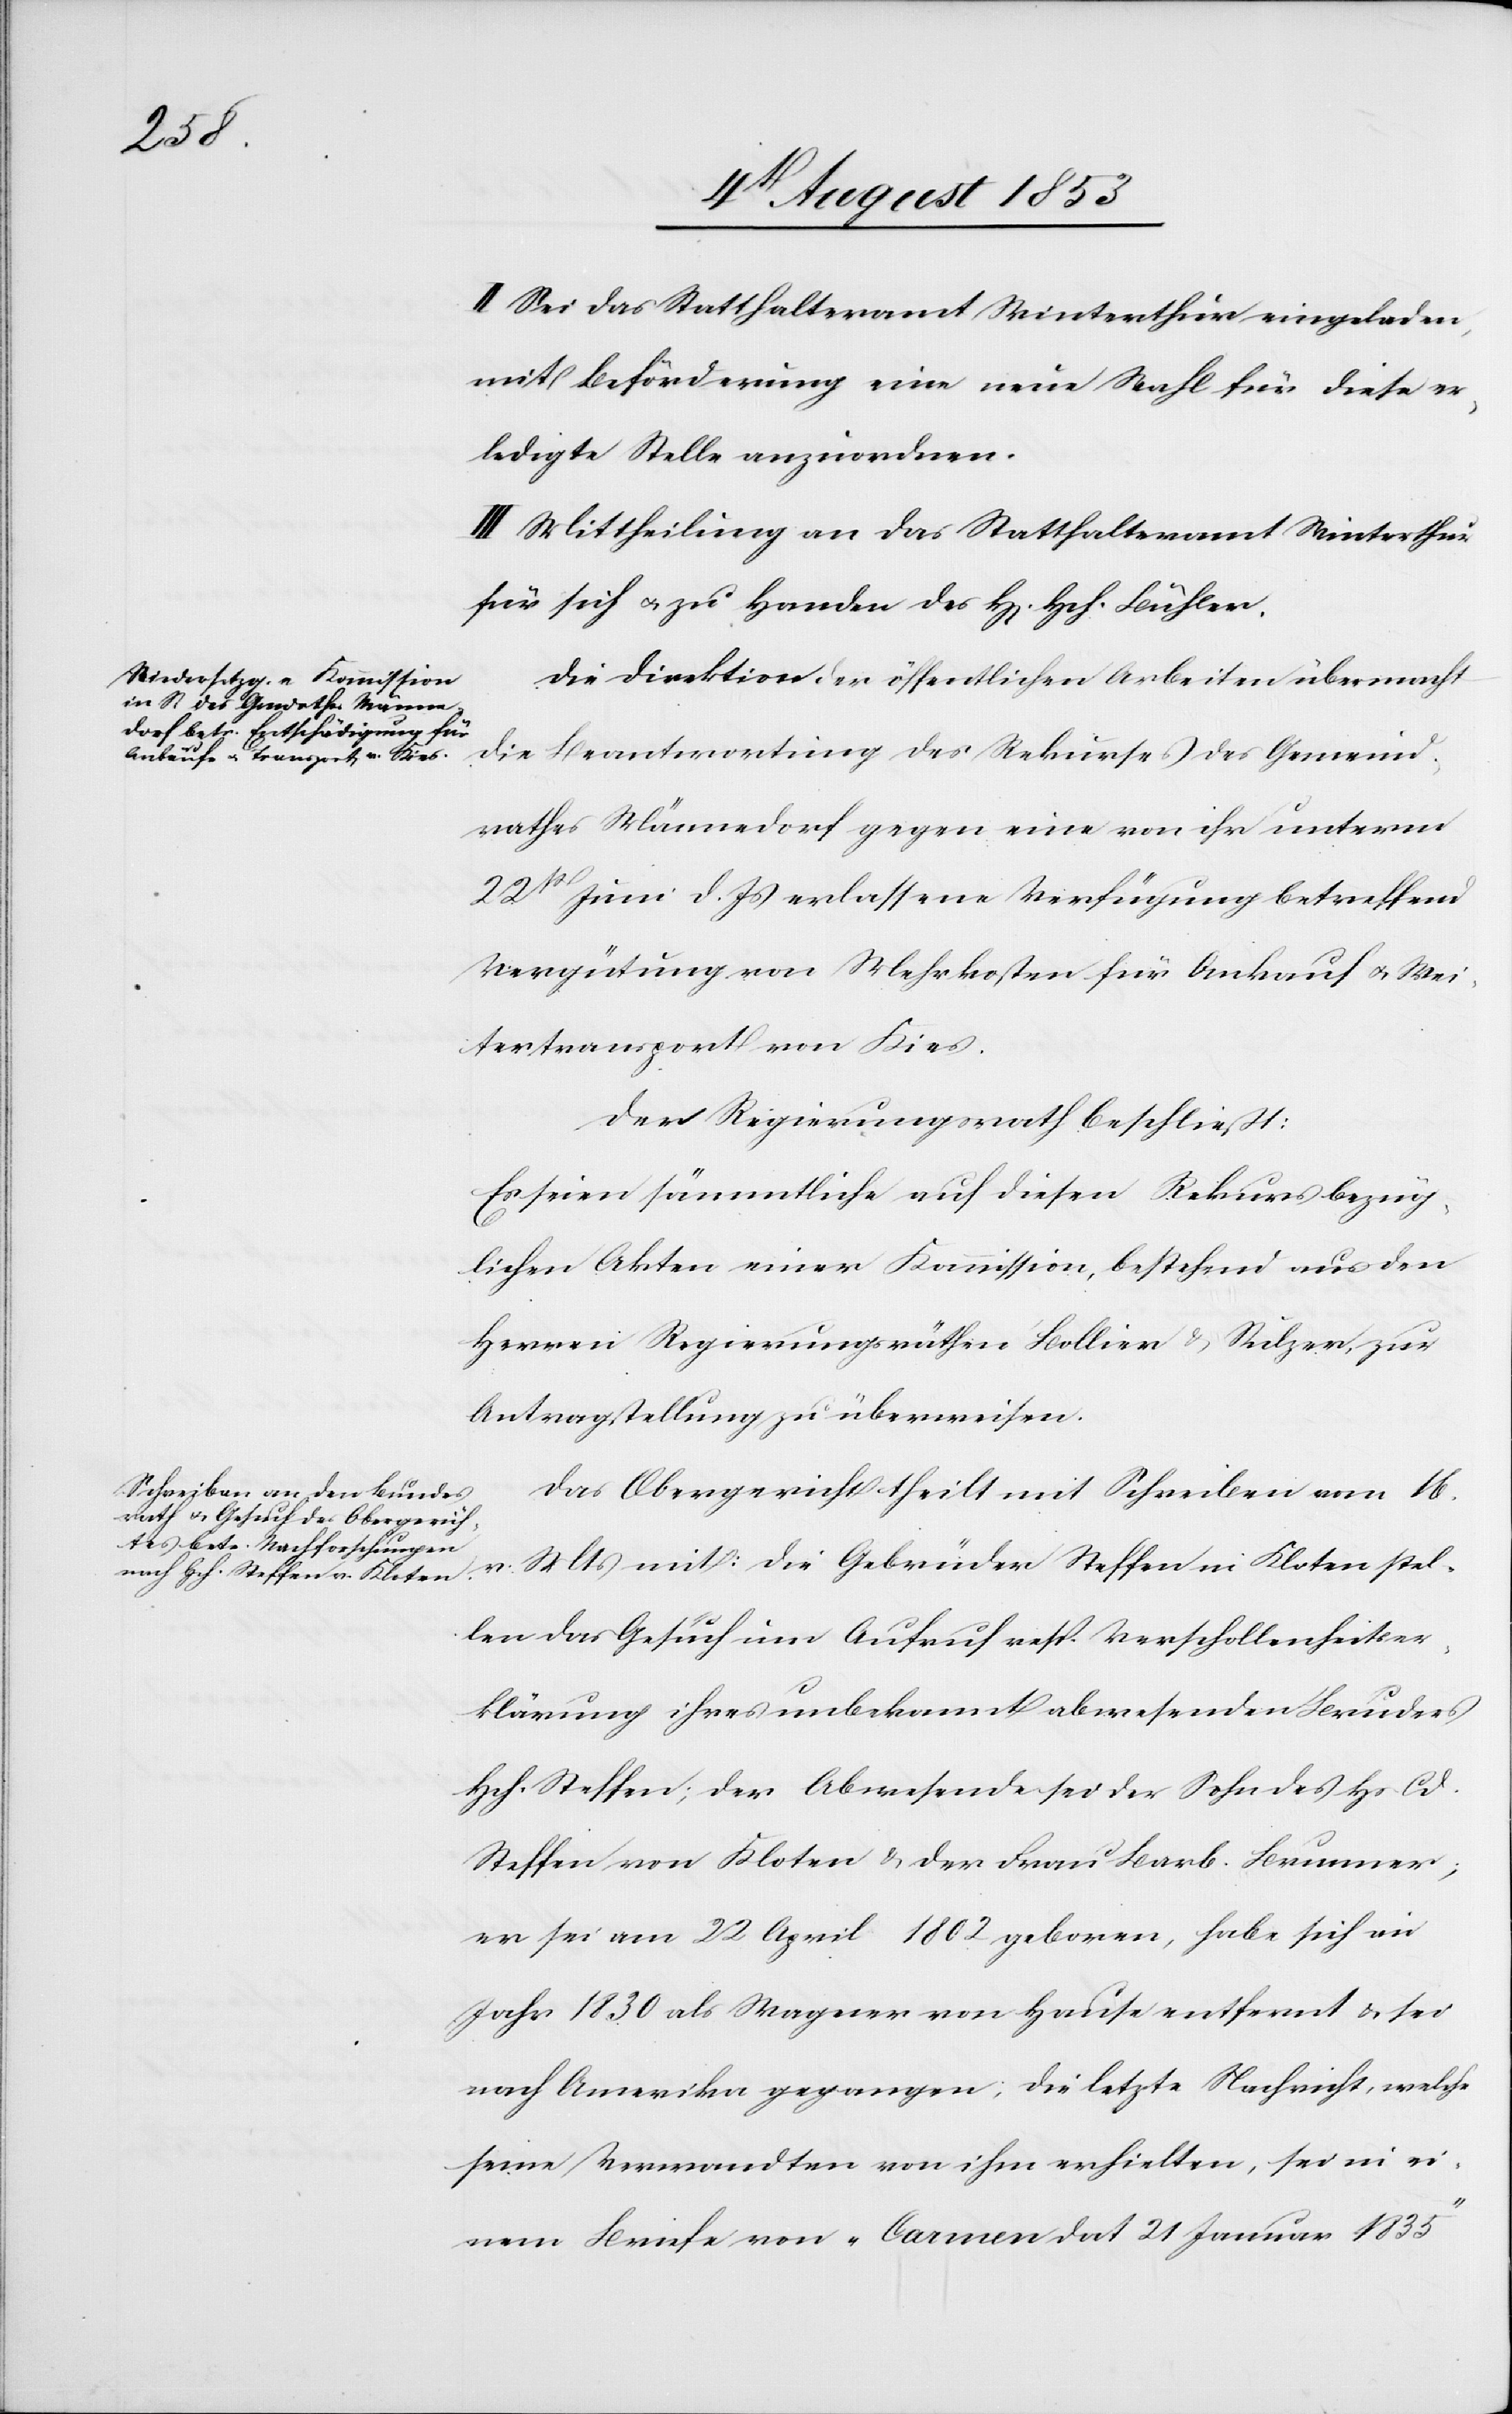
II. Sei das Statthalteramt Winterthur eingeladen,
mit Beförderung eine neue Wahl für diese er¬
ledigte Stelle anzuordnen.
III. Mittheilung an das Statthalteramt Winterthur
für sich u. zu Handen des H[errn] Hch. Bühler.
Die Direktion der öffentlichen Arbeiten übermacht
die Beantwortung des Rekurses des Gemeind¬
rathes Männedorf gegen eine von ihr unterm
22t Juni d. Js. erlassene Verfügung betreffend
Vergütung von Mehrkosten für Ankauf u. Wei¬
tertransport von Kies.
Der Regierungsrath beschließt:
Es seien sämmtliche auf diesen Rekurs bezüg¬
lichen Akten einer Kommission, bestehend aus den
Herren Regierungsräthen Bollier u. Sulzer zur
Antragstellung zu übermachen.
Das Obergericht theilt mit Schreiben vom 16
v. Mts. mit: die Gebrüder Steffan in Kloten stel¬
len das Gesuch um Anspruch resp. Verschollenheitser¬
klärung ihres unbekannt abwesenden Bruders
Hch. Steffen; der Abwesende sei der Sohn des Hs Cd.
Steffan von Kloten u. der Frau Barb. Brunner;
er sei am 22 April 1802 geboren, habe sich im
Jahr 1830 als Wagner von Hause entfernt u. sei
nach Amerika gegangen; die letzte Nachricht, welche
seine Verwandten von ihm erhielten, sei in ei¬
nem Briefe von „Carmen dat 21 Januar 1835“